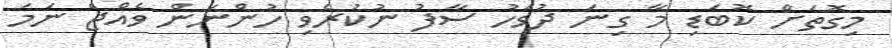
މިގޮތަށް ކޮބަޑި މާ ގިނަ ދުވަހު ސާފު ނުކުރެވި ހުންނަން ވެއްޖެ ނަމަ